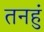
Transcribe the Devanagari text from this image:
तनहुं